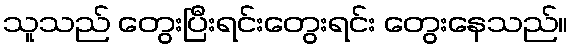
သူသည် တွေးပြီးရင်းတွေးရင်း တွေးနေသည်။